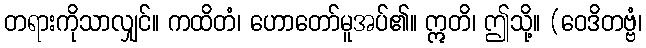
တရားကိုသာလျှင်။ ကထိတံ၊ ဟောတော်မူအပ်၏။ ဣတိ၊ ဤသို့။ (ဝေဒိတဗ္ဗံ၊